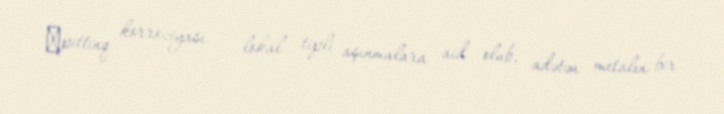
‒pittinq korroziyası – lokal tipli aşınmalara aid olub, adətən metalın bir